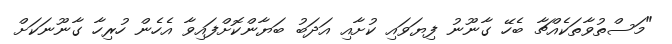
"މަސްތުވާތަކެއްޗާ ބެހޭ ގާނޫނު ފިޔަވައި ކުށާއި އަދަބު ބަޔާންކޮށްފައިވާ އެހެން ހުރިހާ ގާނޫނަކަށް